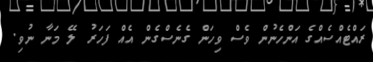
ރައްޓެއްސެއްގެ އަންހެނުން ވެސް ވިހަން ގެނެސްގެން އެއް ފަހަރު ލޭ މަނާ ނުވި.